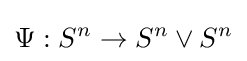
\Psi :S^{n}\to S^{n}\vee S^{n}